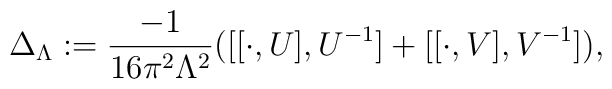
\Delta_{\Lambda}:={-1\over 16 \pi^2 \Lambda^2}\bigl ( \bigl [[\cdot ,U],U^{-1}\bigr ]+\bigl [[\cdot ,V],V^{-1}\bigr ] \bigr ),